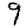
Digit: 9